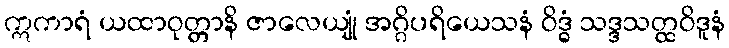
ဣကာရံ ယထာဝုတ္တာနိ ဇာလေယျုံ အဂ္ဂိပရိယေသနံ ဝိဒ္ဓံ သဒ္ဒသတ္ထဝိဒူနံ